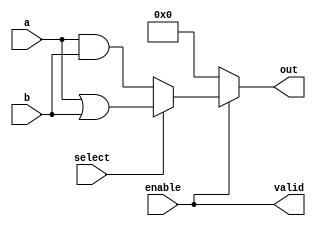
module AdjacencyGroup (
    input wire [3:0] a,        // 4-bit input vector
    input wire [3:0] b,        // 4-bit input vector
    input wire select,          // Select signal for operation (0: AND, 1: OR)
    input wire enable,          // Enable signal for the group
    output wire [3:0] out,      // 4-bit output vector
    output wire valid           // Output status indicator
);
    
    wire [3:0] and_result;
    wire [3:0] or_result;
    wire not_input_a;
    wire [3:0] xor_result;
    
    // Basic logic operations
    assign and_result = a & b;  // AND operation
    assign or_result = a | b;   // OR operation
    assign not_input_a = ~a;    // NOT operation
    assign xor_result = a ^ b;   // XOR operation
    
    // Output selection based on 'select' signal
    assign out = enable ? (select ? or_result : and_result) : 4'b0000;

    // Indicator for valid output based on the enable signal
    assign valid = enable;

endmodule